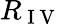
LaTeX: R_{\mathrm{~I~V~}}